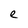
Character: e